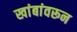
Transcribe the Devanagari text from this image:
खांबांवरून